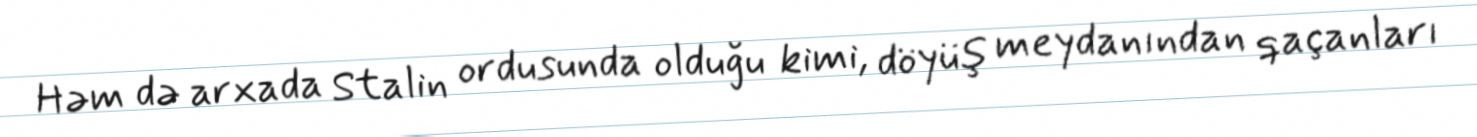
Həm də arxada Stalin ordusunda olduğu kimi, döyüş meydanından qaçanları